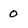
Character: 0